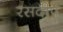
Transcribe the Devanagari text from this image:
रसदीप